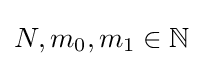
N,m_{0},m_{1}\in \mathbb {N}